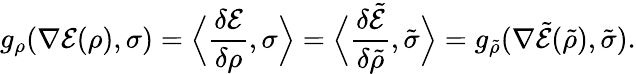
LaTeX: g_{\rho}(\nabla\mathcal{E}(\rho),\sigma)=\Bigl\langle\frac{\delta\mathcal{E}}{\delta\rho},\sigma\Bigr\rangle=\Bigl\langle\frac{\delta\tilde{\mathcal{E}}}{\delta\tilde{\rho}},\tilde{\sigma}\Bigr\rangle=g_{\tilde{\rho}}(\nabla\tilde{\mathcal{E}}(\tilde{\rho}),\tilde{\sigma}).